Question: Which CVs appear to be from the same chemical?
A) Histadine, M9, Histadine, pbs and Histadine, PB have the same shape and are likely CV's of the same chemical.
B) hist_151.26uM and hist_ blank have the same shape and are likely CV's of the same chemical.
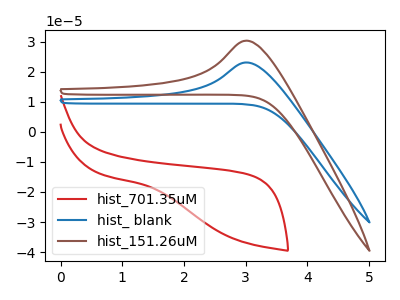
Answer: <think>The red curve "hist_701.35uM" has no peaks. The blue curve "hist_ blank" has an anodic peak at: (3.00V, 23.15uA). The brown curve "hist_151.26uM" has an anodic peak at: (3.00V, 30.40uA).
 "hist_701.35uM" and "hist_ blank" have a different number of peaks. "hist_701.35uM" and "hist_151.26uM" have a different number of peaks. All the peaks in "hist_ blank" have a peak in "hist_151.26uM" at the same potential. Every peak in "hist_ blank" is lower than every peak in "hist_151.26uM".</think>
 <answer>B) "hist_151.26uM" and "hist_ blank" have the same shape and are likely CV's of the same chemical.</answer>
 <eval>B</eval>